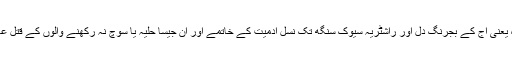
گزرے کل کی شدّھی اور سنگھٹن سے لے کر موجودہ یعنی آج کے بجرنگ دَل اور راشٹریہ سِیوک سَنگھ تک نسلِ آدمیت کے خاتمے اور ان جیسا حلیہ یا سوچ نہ رکھنے والوں کے قتلِ عام پر یقین رکھنے والے پیشہ ور قاتلوں کے ٹولے ہیں۔